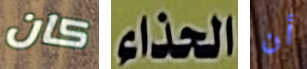
كان الحذاء أن